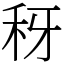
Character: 䄰